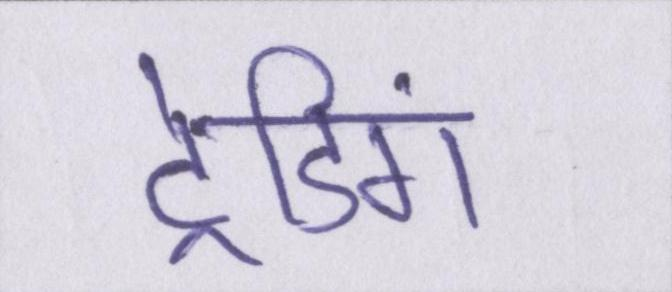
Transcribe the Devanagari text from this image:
ट्रेडिंग